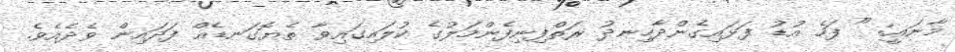
މާނައީ: " ފަހެ އުޑު ފަޅައިގެންދާހިނދު ރަތްފިނިފެންމަލުގެ ކުލައިގައިވާ ތެޔޮގަނޑެއް ފަދައިން ވެދެއެވެ.